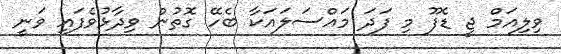
ވިލިއަމް ޖީ ޑެފޫ މި ފަދަ މައްސަލައަކާ ބެހޭ ގޮތުން ވިދާޅުވެފައި ވަނީ